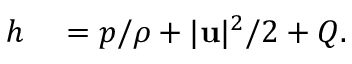
\begin{array} { r l } { h } & { { } = p / \rho + | \mathbf { u } | ^ { 2 } / 2 + Q . } \end{array}